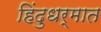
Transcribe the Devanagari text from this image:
हिंदुधर्मात